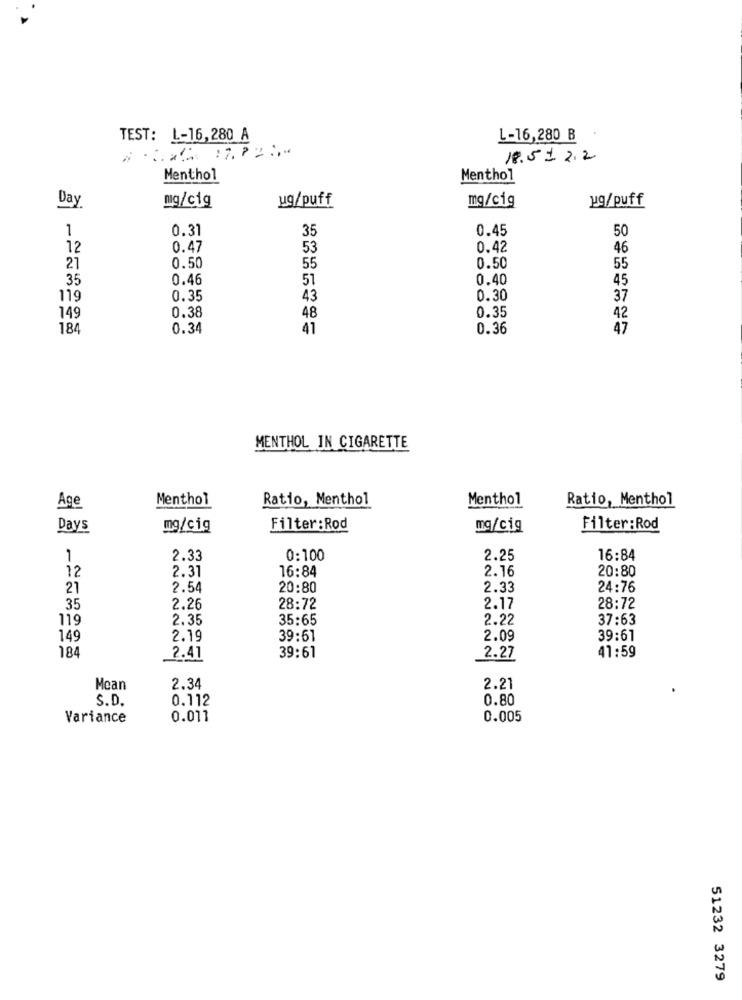
TEST: L-16,280 A
L-16,280 B
18.51 2.2
Menthol
Menthol
Day
ug/puff
mg/cig
ug/puff
mg/cig
1
0.31
35
0.45
50
12
0.47
53
0.42
46
21
0.50
55
0.50
55
35
0.46
51
0.40
45
119
0.35
43
0.30
37
0.38
0.35
149
48
42
184
0.34
41
0.36
47
MENTHOL IN CIGARETTE
Menthol
Ratio, Menthol
Menthol
Ratio, Menthol
Age
Days
mg/cig
Filter: Rod
mg/cig
Filter: Rod
1
2.33
0:100
2.25
16:84
12
16:84
2.16
20:80
2.31
21
2.54
20:80
2.33
24:76
35
2.26
28:72
2.17
28:72
119
2.35
35:65
2.22
37:63
149
2.19
39:61
2.09
39:61
184
41:59
2.41
39:61
2.27
Mean
2.34
2.21
0.112
0.80
S.D.
Variance
0.011
0.005
51232 3279